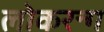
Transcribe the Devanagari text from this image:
लोकरन्ग